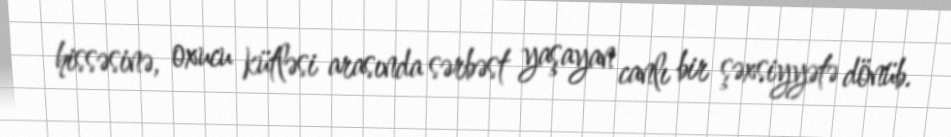
hissəsinə, oxucu kütləsi arasında sərbəst yaşayan canlı bir şəxsiyyətə dönüb.